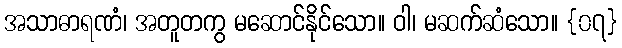
အသာဓာရဏံ၊ အတူတကွ မဆောင်နိုင်သော။ ဝါ၊ မဆက်ဆံသော။ {၀၇}